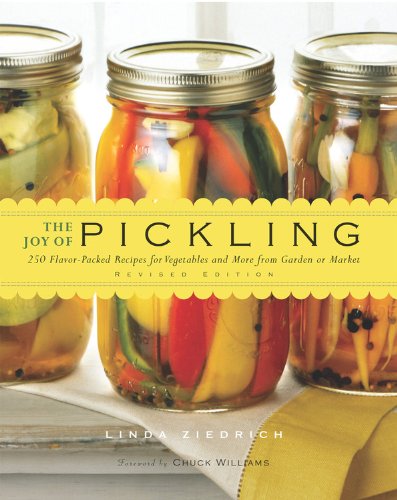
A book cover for The Joy of Pickling: 250 Flavor-Packed Recipes for Vegetables and More from Garden or Market (Revised Edition); Linda Ziedrich; Cookbooks, Food & Wine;